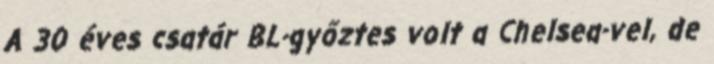
A 30 éves csatár BL-győztes volt a Chelsea-vel, de